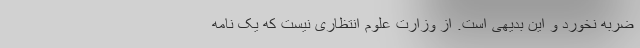
ضربه نخورد و این بدیهی است. از وزارت علوم انتظاری نیست که یک نامه